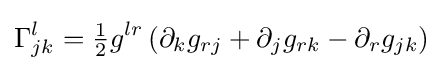
\Gamma _{jk}^{l}={\tfrac {1}{2}}g^{lr}\left(\partial _{k}g_{rj}+\partial _{j}g_{rk}-\partial _{r}g_{jk}\right)